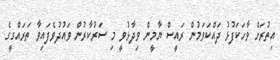
އިތުރަށް ވާހަކަފުޅު ދައްކަވަމުން ރައީސް ޔާމީން ވިދާޅުވީ މި ސަރުކާރުން ވައުދުވެފައިވާ ތަރައްގީގެ